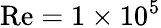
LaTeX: \mathrm{{Re}}=1\times 10^{5}